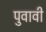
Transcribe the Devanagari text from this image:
पुवावी